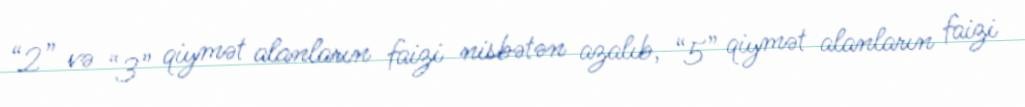
“2” və “3” qiymət alanların faizi nisbətən azalıb, “5” qiymət alanların faizi